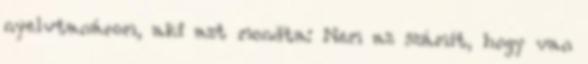
nyelvtanárom, aki azt mondta: Nem az számít, hogy van